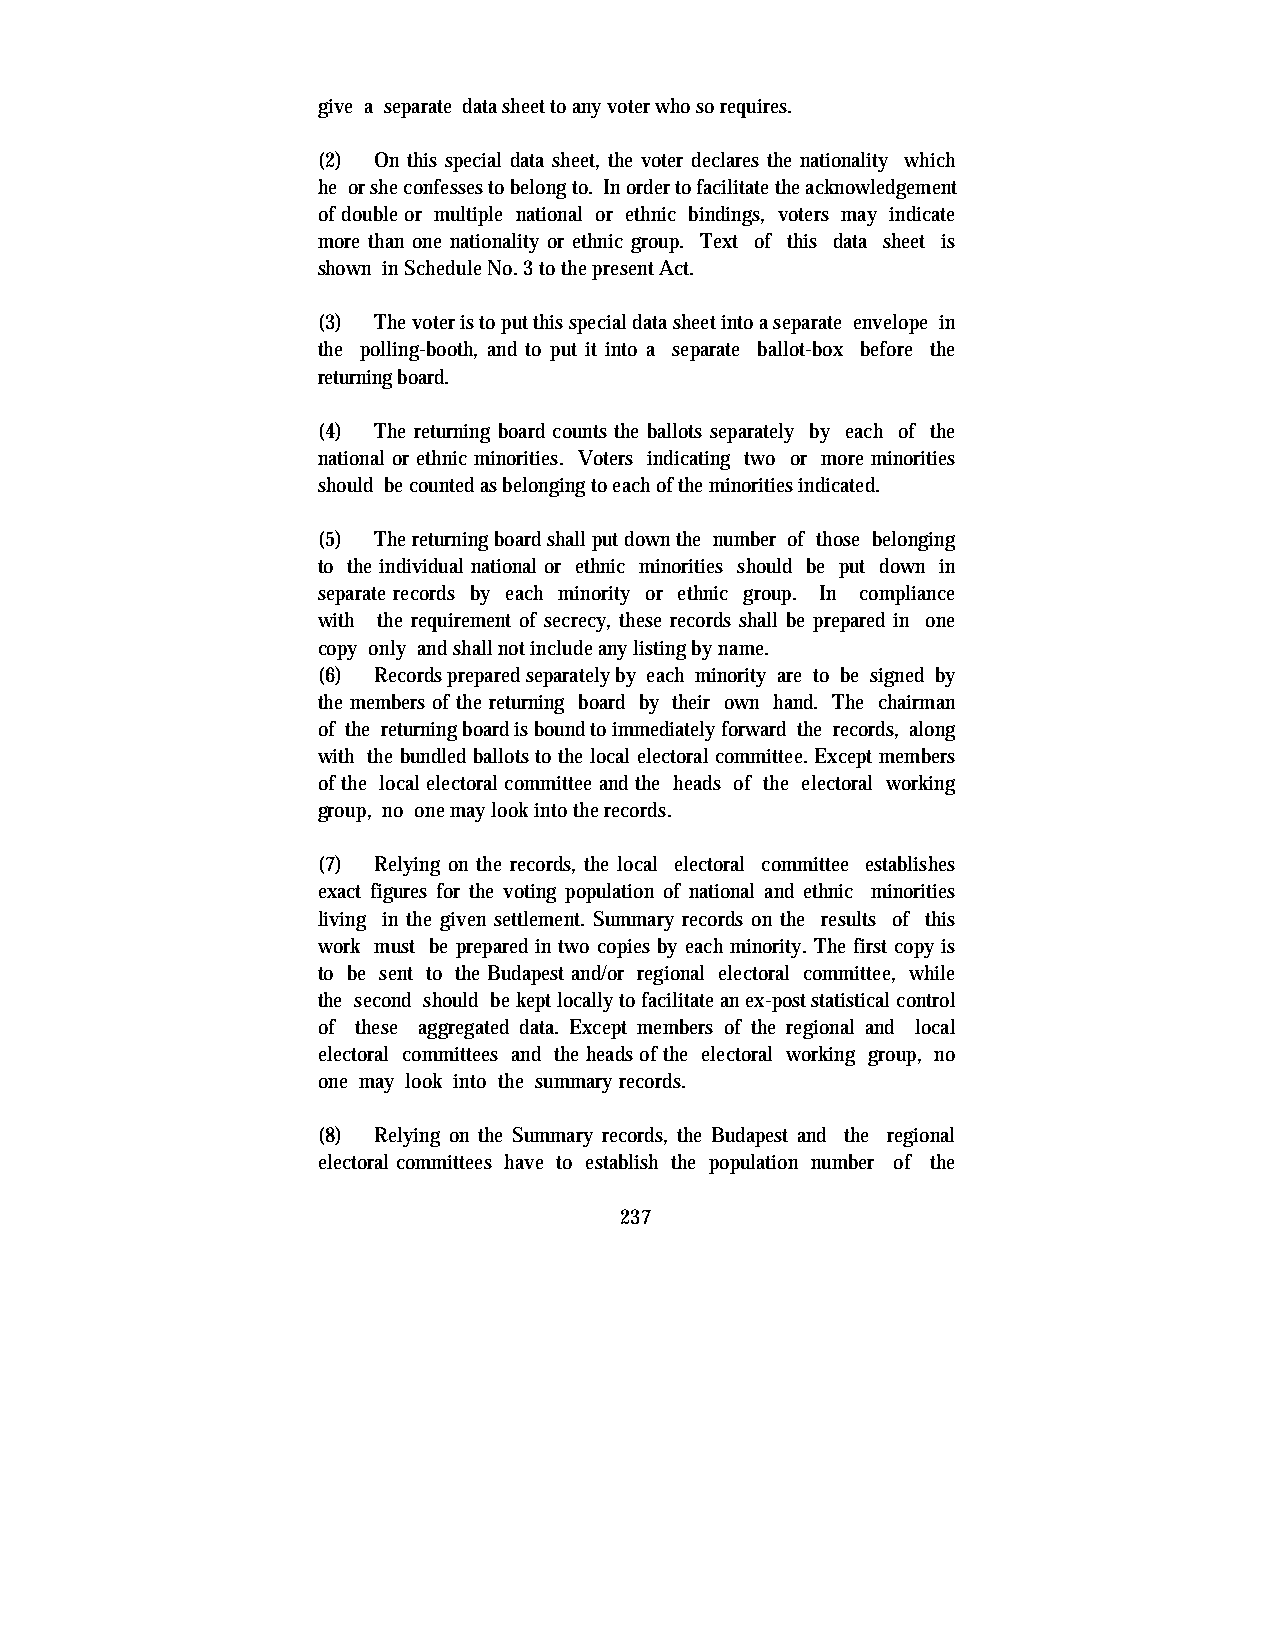
give a separate data sheet to any voter who so requires.
 (2) On this special data sheet, the voter declares the nationality which
 he or she confesses to belong to. In order to facilitate the acknowledgement
 of double or multiple national or ethnic bindings, voters may indicate
 more than one nationality or ethnic group. Text of this data sheet is
 shown in Schedule No. 3 to the present Act.
 (3) The voter is to put this special data sheet into a separate envelope in
 the polling-booth, and to put it into a separate ballot-box before the
 returning board.
 (4) The returning board counts the ballots separately by each of the
 national or ethnic minorities. Voters indicating two or more minorities
 should be counted as belonging to each of the minorities indicated.
 (5) The returning board shall put down the number of those belonging
 to the individual national or ethnic minorities should be put down in
 separate records by each minority or ethnic group. In compliance
 with the requirement of secrecy, these records shall be prepared in one
 copy only and shall not include any listing by name.
 (6) Records prepared separately by each minority are to be signed by
 the members of the returning board by their own hand. The chairman
 of the returning board is bound to immediately forward the records, along
 with the bundled ballots to the local electoral committee. Except members
 of the local electoral committee and the heads of the electoral working
 group, no one may look into the records.
 (7) Relying on the records, the local electoral committee establishes
 exact figures for the voting population of national and ethnic minorities
 living in the given settlement. Summary records on the results of this
 work must be prepared in two copies by each minority. The first copy is
 to be sent to the Budapest and/or regional electoral committee, while
 the second should be kept locally to facilitate an ex-post statistical control
 of these aggregated data. Except members of the regional and local
 electoral committees and the heads of the electoral working group, no
 one may look into the summary records.
 (8) Relying on the Summary records, the Budapest and the regional
 electoral committees have to establish the population number of the
 237